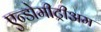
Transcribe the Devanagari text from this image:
एन्डोमीट्रीअम